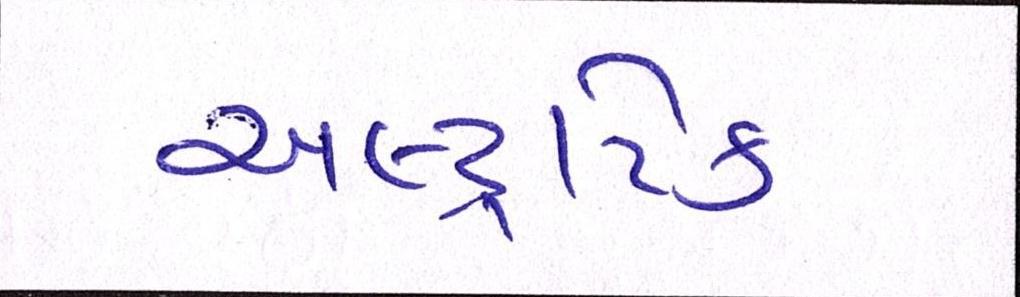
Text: અલ્ટ્રાટેક